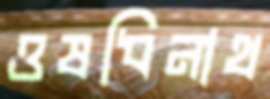
ওষধিনাথ